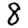
Digit: 8